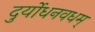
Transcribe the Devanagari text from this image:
दुर्योधनवधम्